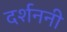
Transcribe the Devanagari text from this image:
दर्शननी